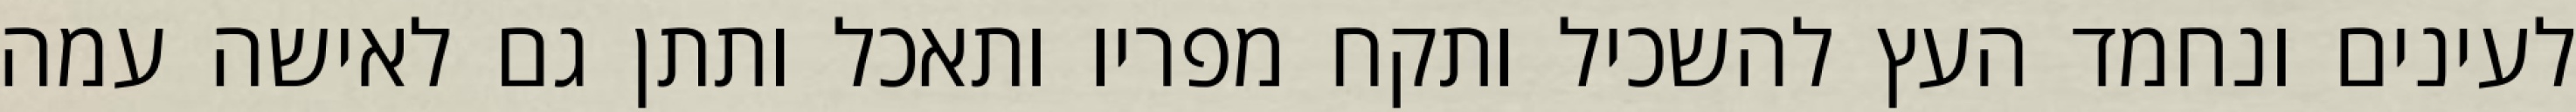
לעינים ונחמד העץ להשכיל ותקח מפריו ותאכל ותתן גם לאישה עמה